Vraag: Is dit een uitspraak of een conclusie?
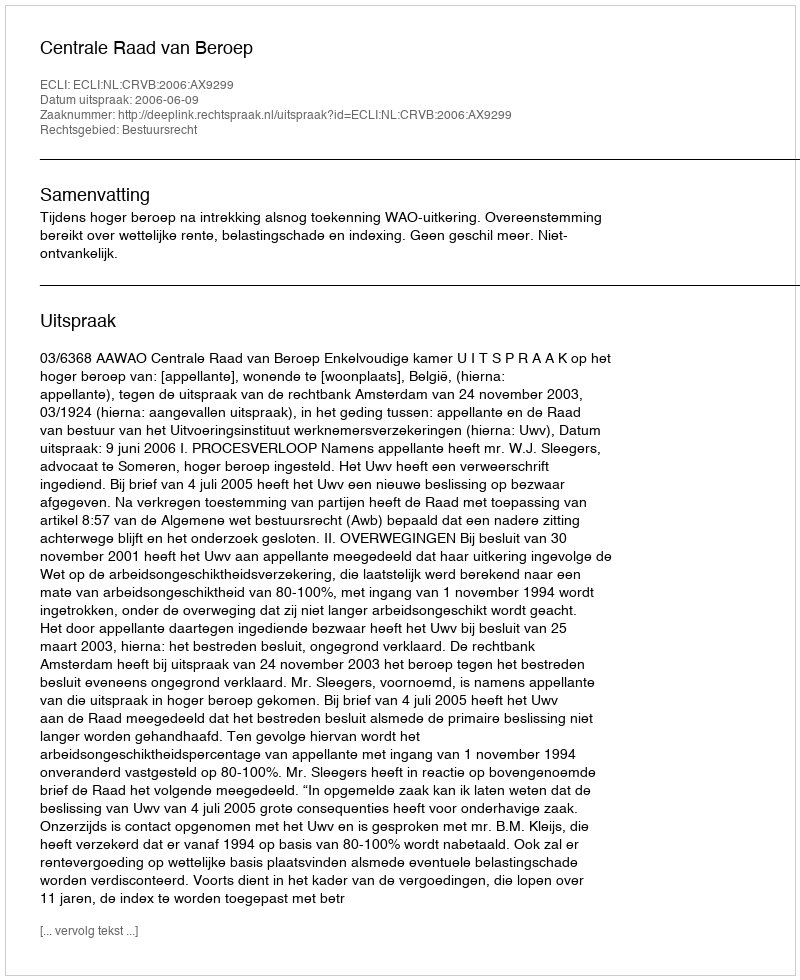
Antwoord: Uitspraak